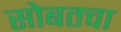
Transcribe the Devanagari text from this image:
सोबतचा